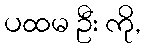
ပထမ ဦး ကို,